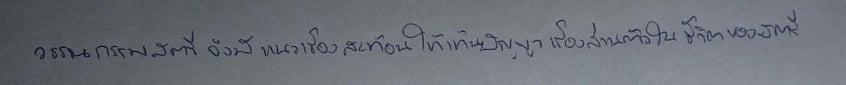
วรรณกรรมสตรีจึงมีแนวเรื่องสะท้อนให้เห็นปัญหาเรื่องส่วนตัวในชีวิตของสตรี